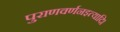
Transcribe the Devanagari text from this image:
पुराणवर्णनइत्यादि।